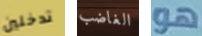
تدخلين الغاضب هو